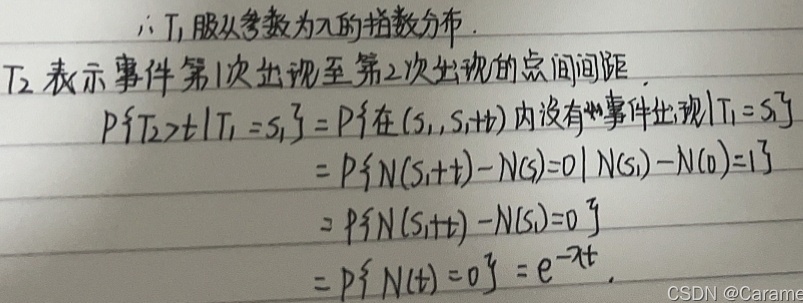
\(\therefore T_1\)服从参数为\(\lambda\)的指数分布。\(T_2\)表示事件第\(1\)次出现至第\(2\)次出现的点间间距。
\[\begin{align*}
P\{T_2 > t|T_1 = s_1\} &= P\{\text{在}(s_1,s_1 + t)\text{内没有事件出现}|T_1 = s_1\}\\
&=P\{N(s_1 + t)-N(s_1)=0|N(s_1)-N(0)=1\}\\
&=P\{N(s_1 + t)-N(s_1)=0\}\\
&=P\{N(t)=0\}=e^{-\lambda t}
\end{align*}\]
CSDN @Carame